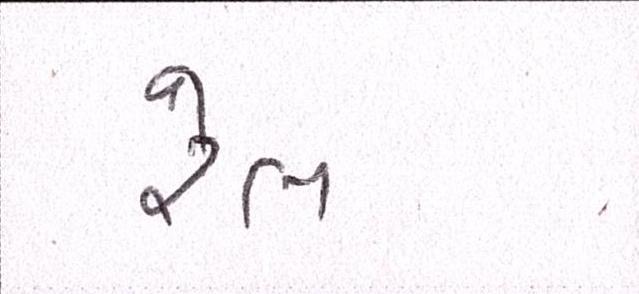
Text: રેલ